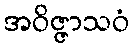
အဝိဇ္ဇာသဝံ